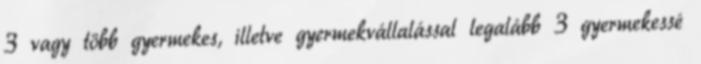
3 vagy több gyermekes, illetve gyermekvállalással legalább 3 gyermekessé